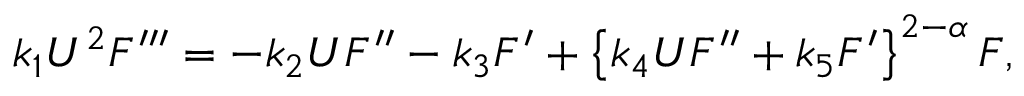
k _ { 1 } U ^ { 2 } F ^ { \prime \prime \prime } = - k _ { 2 } U F ^ { \prime \prime } - k _ { 3 } F ^ { \prime } + \left\{ k _ { 4 } U F ^ { \prime \prime } + k _ { 5 } F ^ { \prime } \right\} ^ { 2 - \alpha } F ,